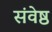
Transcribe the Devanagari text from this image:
संवेष्ठ